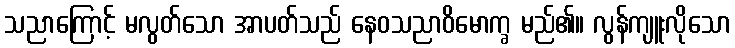
သညာကြောင့် မလွတ်သော အာပတ်သည် နေဝသညာဝိမောက္ခ မည်၏။ လွန်ကျူးလိုသော